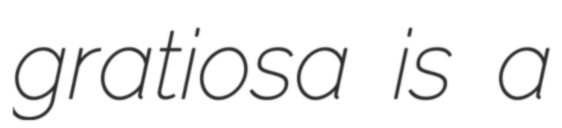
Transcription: gratiosa is a